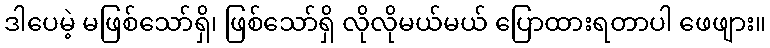
ဒါပေမဲ့ မဖြစ်သော်ရှိ၊ ဖြစ်သော်ရှိ လိုလိုမယ်မယ် ပြောထားရတာပါ ဖေဖျား။